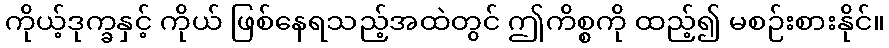
ကိုယ့်ဒုက္ခနှင့် ကိုယ် ဖြစ်နေရသည့်အထဲတွင် ဤကိစ္စကို ထည့်၍ မစဉ်းစားနိုင်။